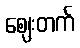
ဈေးတက်